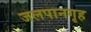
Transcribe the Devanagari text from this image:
जलपानगृह